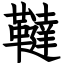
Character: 韃